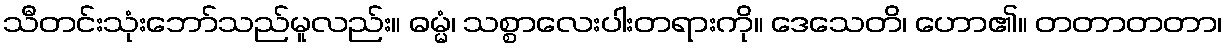
သီတင်းသုံးဘော်သည်မူလည်း။ ဓမ္မံ၊ သစ္စာလေးပါးတရားကို။ ဒေသေတိ၊ ဟော၏။ တတာတတာ၊